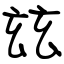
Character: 玆